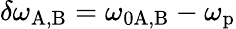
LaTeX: \delta\omega_{\mathrm{A,B}}=\omega_{0\mathrm{A,B}}-\omega_{\mathrm{p}}